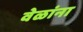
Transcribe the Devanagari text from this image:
वेळांना